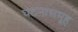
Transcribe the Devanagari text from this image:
घटनासमूह